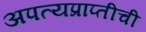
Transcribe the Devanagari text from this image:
अपत्यप्राप्तीची